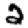
Digit: 2